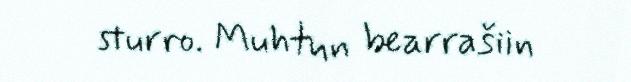
sturro. Muhtun bearrašiin